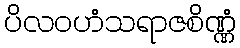
ပိလဝဟံသရာဇစိဏ္ဏံ